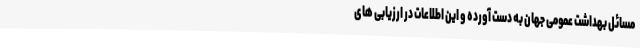
مسائل بهداشت عمومی جهان به دست آورده و این اطلاعات در ارزیابی های